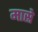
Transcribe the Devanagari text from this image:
मास्रे